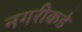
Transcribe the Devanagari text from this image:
नगरीकडे